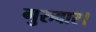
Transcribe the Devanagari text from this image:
गुरुवार।